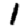
Digit: 1